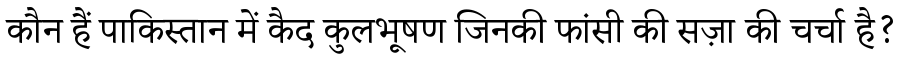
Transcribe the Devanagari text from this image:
कौन हैं पाकिस्तान में कैद कुलभूषण जिनकी फांसी की सज़ा की चर्चा है?